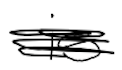
Text: is
Cross-out: scratch
Writing tool: digital_black